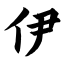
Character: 伊